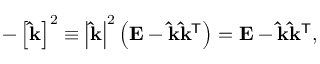
- \left[ \mathbf { \hat { k } } \right] ^ { 2 } \equiv \left| \mathbf { \hat { k } } \right| ^ { 2 } \left( \mathbf { E } - \mathbf { \hat { k } } \mathbf { \hat { k } } ^ { \mathsf { T } } \right) = \mathbf { E } - \mathbf { \hat { k } } \mathbf { \hat { k } } ^ { \mathsf { T } } ,